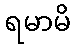
ရမာမိ